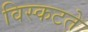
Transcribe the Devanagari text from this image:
विस्कटते